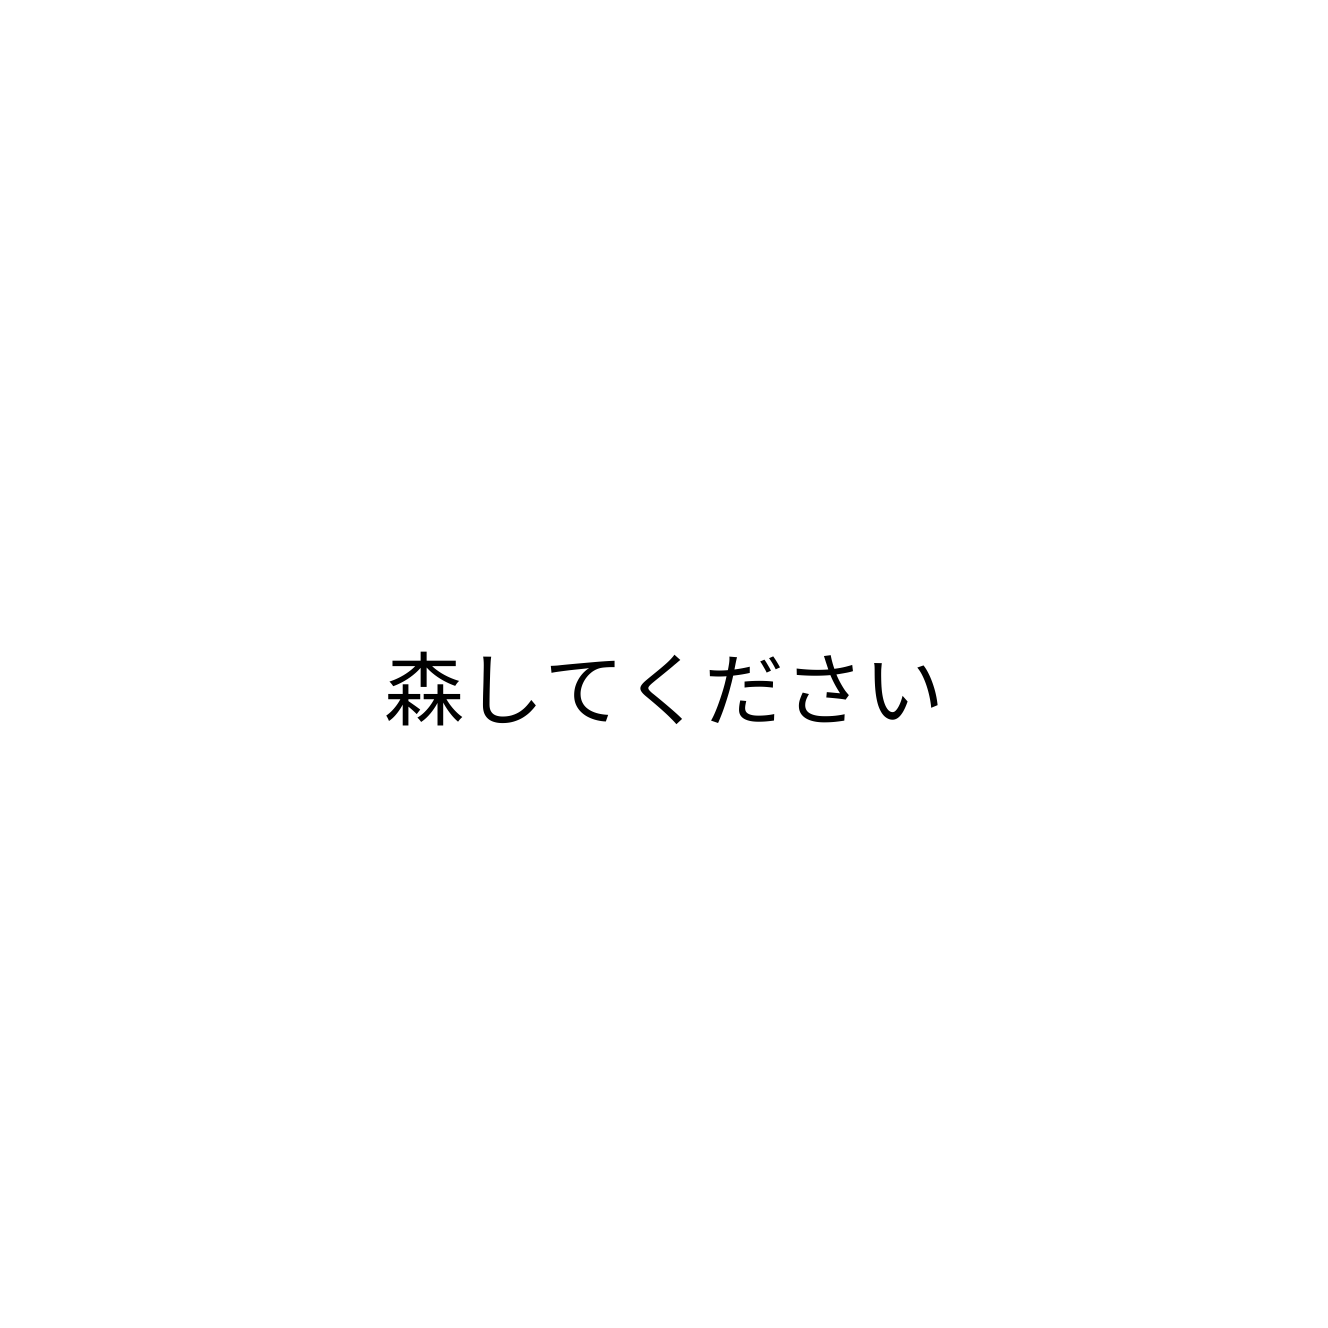
森してください